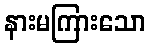
နားမကြားသော